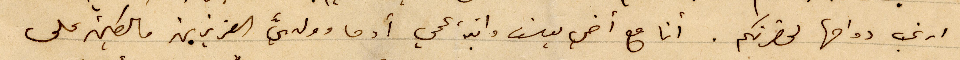
ارغب دوامها لحضرتكم. انا مع اخي يوسف وابنة عمي أدما وولدي العزيزين مالكين على